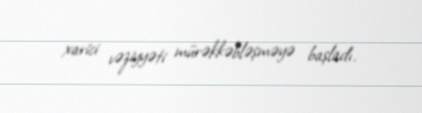
xarici vəziyyəti mürəkkəbləşməyə başladı.